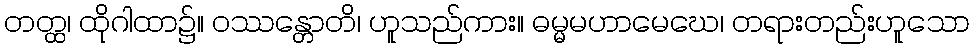
တတ္ထ၊ ထိုဂါထာ၌။ ဝဿန္တောတိ၊ ဟူသည်ကား။ ဓမ္မမဟာမေဃေ၊ တရားတည်းဟူသော